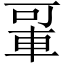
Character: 𬧲